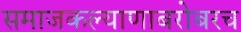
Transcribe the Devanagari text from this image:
समाजकल्याणाबरोबरच